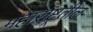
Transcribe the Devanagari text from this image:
महाराष्ट्रतील